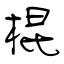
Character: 棍